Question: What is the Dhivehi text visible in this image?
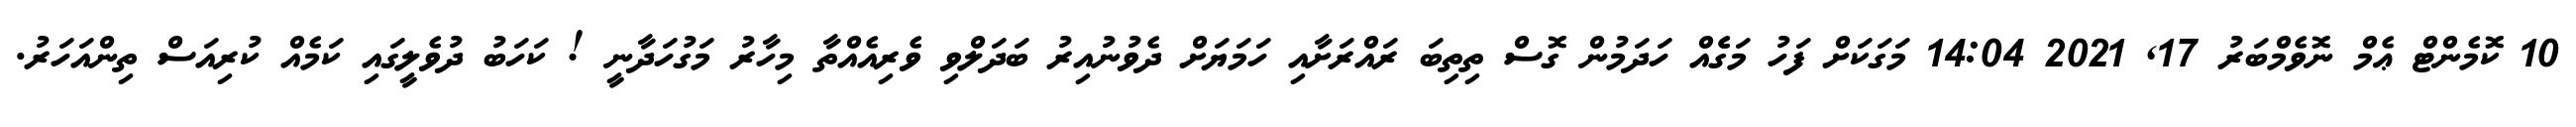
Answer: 10 ކޮމެންޓް ޢެމް ނޮވެމްބަރު 17, 2021 14:04 މަގަކަށް ފަހު މަގެެއް ހަދަމުން ގޮސް ތިތިބަ ރައްރަށާއި ހަމަޔަށް ދެވުނުއިރު ބަދަލްވި ވެރިއެއްތާ މިހާރު މަގުހަދާނީ ! ކަހަބު ދުވެލީގައި ކަމެއް ކުރިއަސް ތިންއަހަރު.